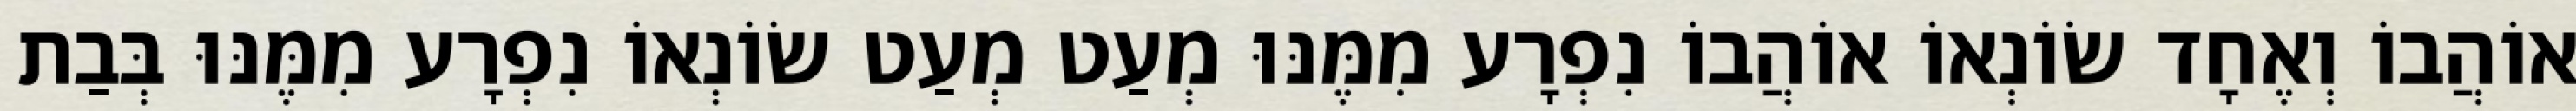
אוֹהֲבוֹ וְאֶחָד שׂוֹנְאוֹ אוֹהֲבוֹ נִפְרָע מִמֶּנּוּ מְעַט מְעַט שׂוֹנְאוֹ נִפְרָע מִמֶּנּוּ בְּבַת